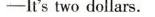
It'stwo dollars.